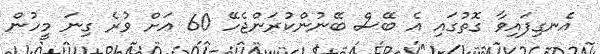
އެނގިފައިވާ ގޮތުގައި އެ ބޭސް ބޭނުންކުރަންޖެހޭ 60 އަށް ވުރެ ގިނަ މީހުން